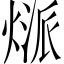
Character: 𤋻